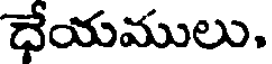
ధేయములు.